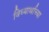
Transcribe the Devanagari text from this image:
विध्यार्थाच्या